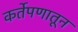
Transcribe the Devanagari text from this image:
कर्तेपणातून